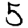
Digit: 5